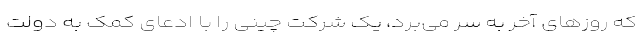
که روزهای آخر به سر می‌برد، یک شرکت چینی را با ادعای کمک به دولت